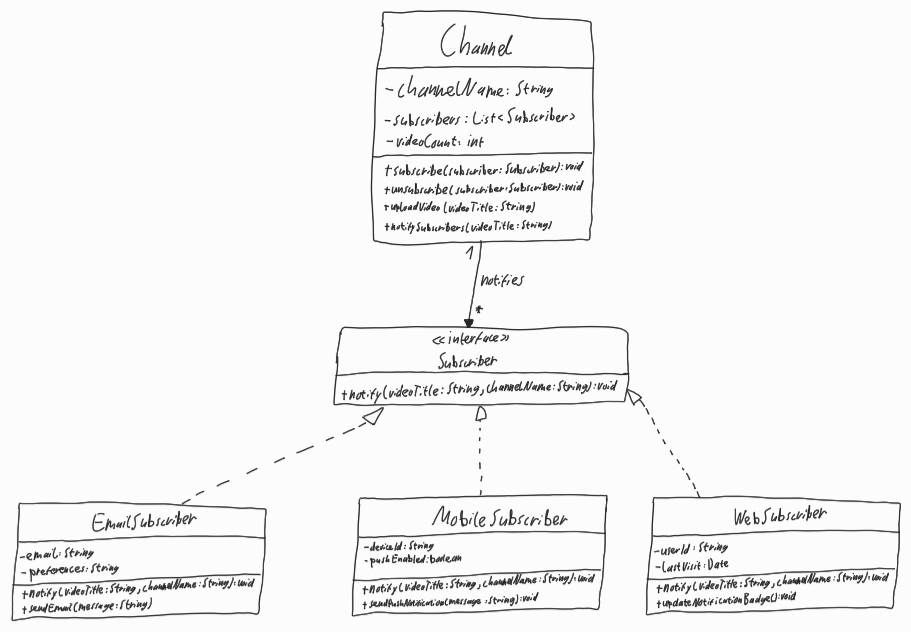
Diagram type: class_diagram
```plantuml
@startuml

class Channel {
  - channelName: String
  - subscribers: List<Subscriber>
  - videoCount: int
  + subscribe(subscriber: Subscriber): void
  + unsubscribe(subscriber: Subscriber): void
  + uploadVideo(videoTitle: String)
  + notifySubscribers(videoTitle: String)
}

interface Subscriber {
  + notify(videoTitle: String, channelName: String): void
}

class EmailSubscriber implements Subscriber {
  - email: String
  - preferences: String
  + notify(videoTitle: String, channelName: String): void
  + sendEmail(message: String)
}

class MobileSubscriber implements Subscriber {
  - deviceId: String
  - pushEnabled: boolean
  + notify(videoTitle: String, channelName: String): void
  + sendPushNotification(message: String): void
}

class WebSubscriber implements Subscriber {
  - userId: String
  - lastVisit: Date
  + notify(videoTitle: String, channelName: String): void
  + updateNotificationBadge(): void
}

Channel "1" --> "*" Subscriber : notifies

@enduml
```